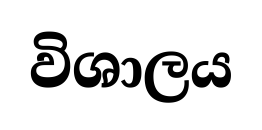
විශාලය